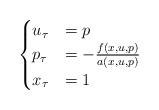
LaTeX: \begin{align*}\begin{cases} u_{\tau}&= p\\p_{\tau}&=- \frac{f(x,u,p)}{a(x,u,p)}\\x_\tau&=1\end{cases}\end{align*}